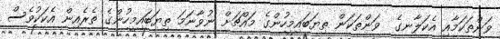
ވަންތަކަމާއި އެކަލާނގެ  ވަންތަކަން ތިޔަބައިމީހުންގެ މައްޗަށް ނުވާނަމަ ތިޔަބައިމީހުންގެ ތެރެއިން އެކަކުވެސް